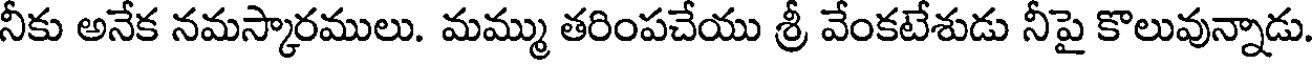
నీకు అనేక నమస్కారములు. మమ్ము తరింపచేయు శ్రీ వేంకటేశుడు నీపై కొలువున్నాడు.